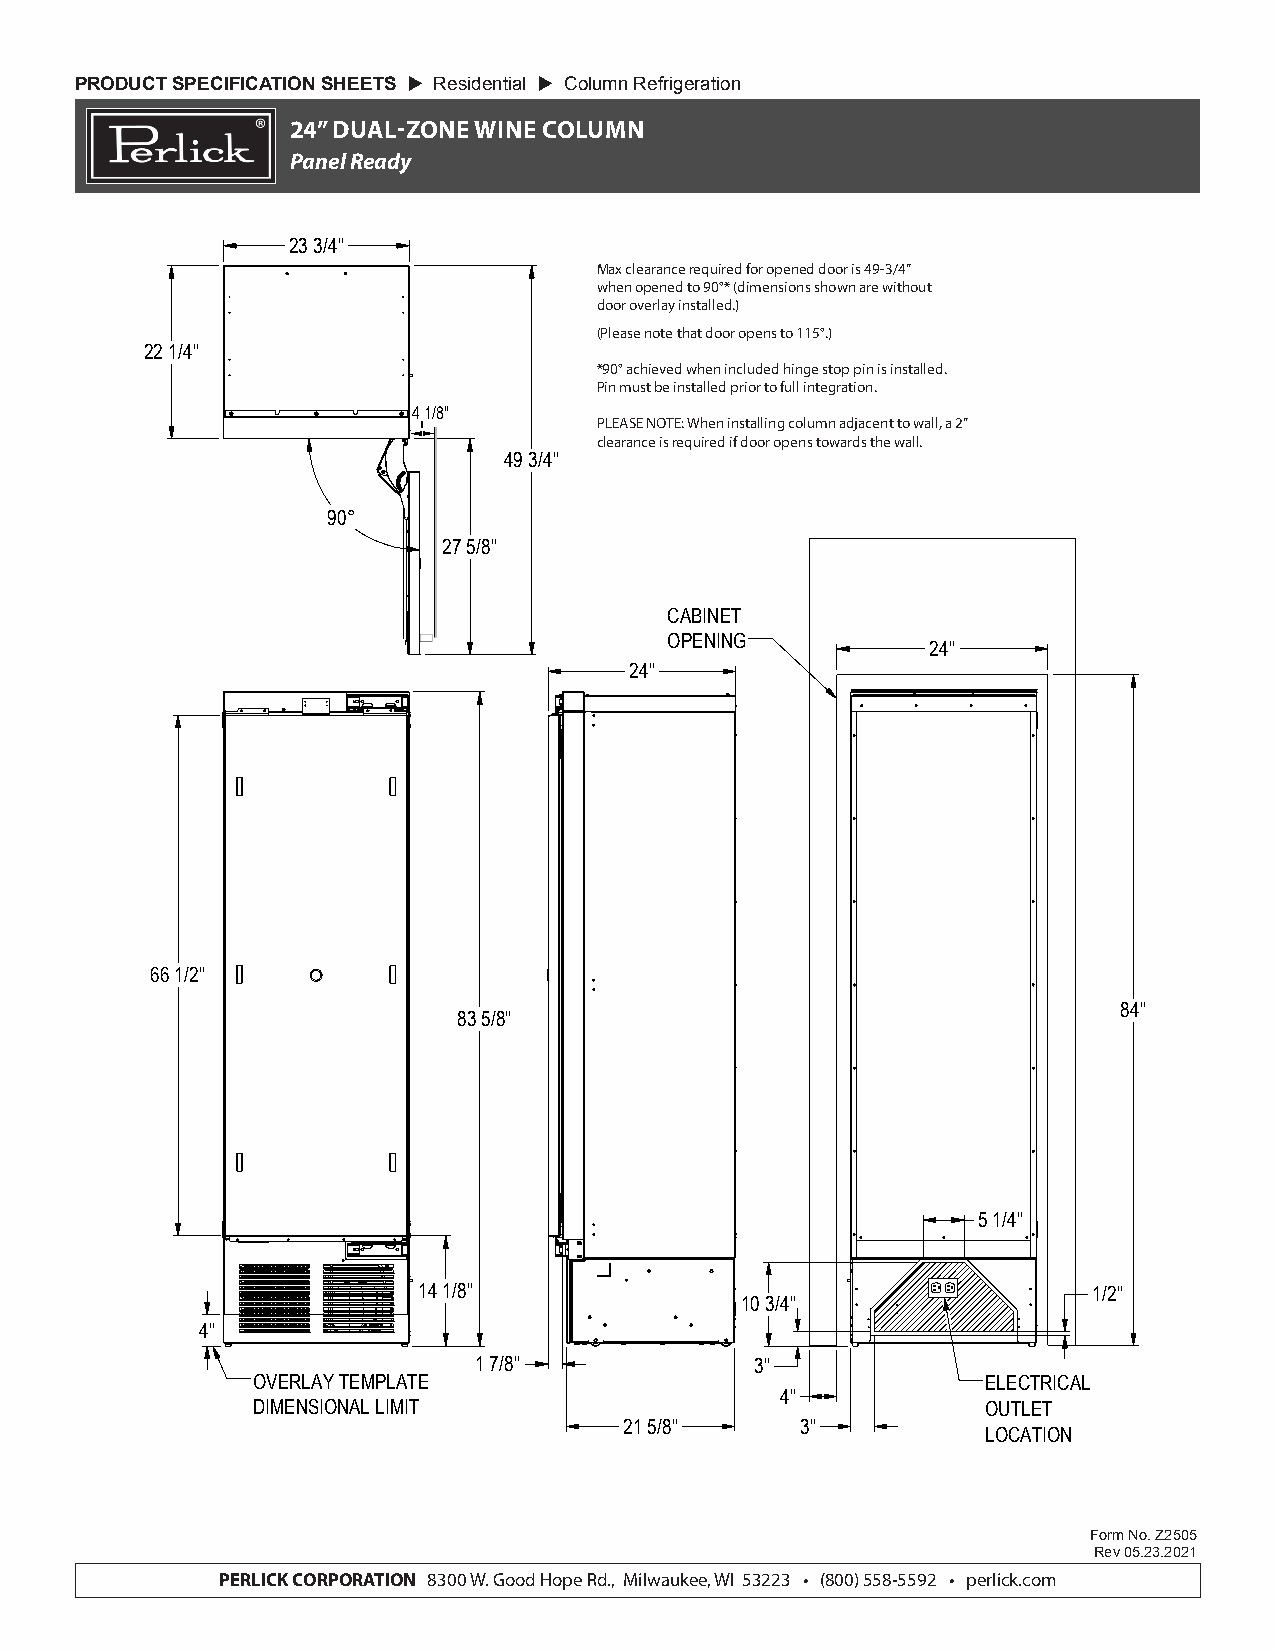
PRODUCT SPECIFICATION SHEETS  Residential  Column Refrigeration
 24” DUAL-ZONE WINE COLUMN
 Panel Ready
 23 3/4"
 Max clearance required for opened door is 49-3/4”
 when opened to 90°* (dimensions shown are without
 door overlay installed.)
 (Please note that door opens to 115°.)
 22 1/4"
 *90° achieved when included hinge stop pin is installed.
 Pin must be installed prior to full integration.
 4 1/8"
 PLEASE NOTE: When installing column adjacent to wall, a 2”
 clearance is required if door opens towards the wall.
 49 3/4"
 90°
 27 5/8"
 CABINET
 OPENING
 24"
 24"
 66 1/2"
 84"
 83 5/8"
 5 1/4"
 14 1/8"                                     1/2"
 10 3/4"
 4"
 1 7/8"            3"
 OVERLAY TEMPLATE                                ELECTRICAL
 4"
 DIMENSIONAL LIMIT                               OUTLET
 21 5/8"     3"
 LOCATION
 Form No. Z2505
 Rev 05.23.2021
 PERLICK CORPORATION 8300 W. Good Hope Rd., Milwaukee, WI 53223 • (800) 558-5592 • perlick.com